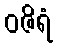
ဝဇိရံ